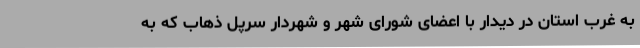
به غرب استان در دیدار با اعضای شورای شهر و شهردار سرپل ذهاب که به